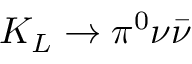
K _ { L } \rightarrow \pi ^ { 0 } \nu \bar { \nu }